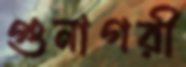
গুনাগরী